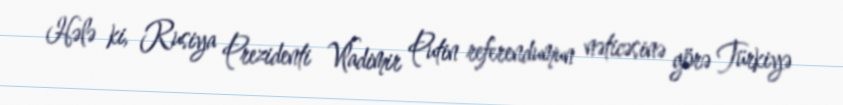
Hələ ki, Rusiya Prezidenti Vladimir Putin referendumun nəticəsinə görə Türkiyə